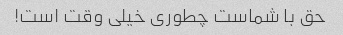
حق با شماست چطوری خیلی وقت است!